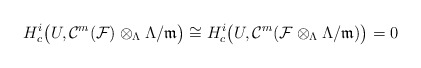
\begin{align*} H^i_c\bigl(U,\mathcal{C}^m(\mathcal{F})\otimes_\Lambda\Lambda/\mathfrak{m}\bigr)\cong H^i_c\bigl(U,\mathcal{C}^m(\mathcal{F}\otimes_\Lambda\Lambda/\mathfrak{m})\bigr)=0 \end{align*}